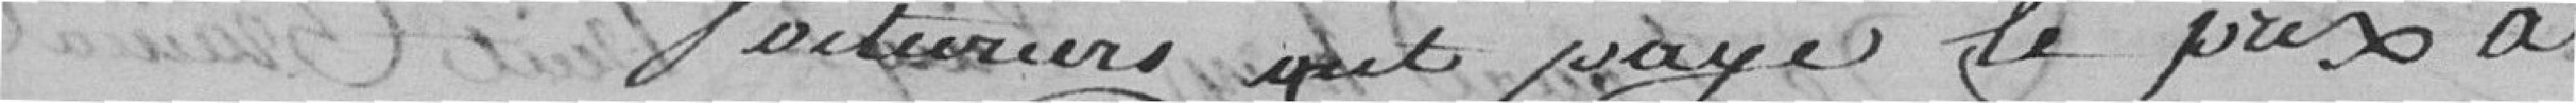
voituriers ont payé le pris à